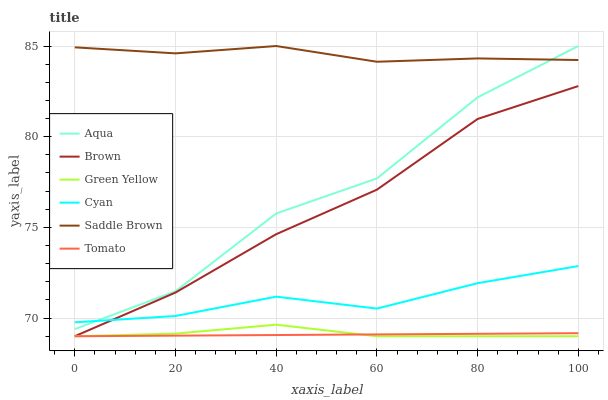
| xaxis_label | Aqua | Brown | Green Yellow | Cyan | Saddle Brown | Tomato |
 | --- | --- | --- | --- | --- | --- | --- |
 | 0 | 69.4 | 69 | 69 | 69.8 | 84.9 | 69 |
 | 20 | 71.5 | 71.4 | 69.1 | 70.1 | 84.6 | 69 |
 | 40 | 75.8 | 74.6 | 69.6 | 71.2 | 85 | 69.1 |
 | 60 | 77.7 | 77.1 | 69 | 70.5 | 84.1 | 69.1 |
 | 80 | 82.2 | 81 | 69 | 71.9 | 84.3 | 69.1 |
 | 100 | 85 | 82.8 | 69 | 72.9 | 84.2 | 69.2 |